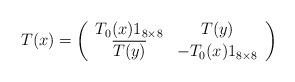
LaTeX: \begin{align*}T(x)=\left(\begin{array}{cc}T_0(x)1_{8\times 8} & T(y) \\ \overline{T(y)} & -T_0(x) 1_{8\times 8} \\ \end{array} \right)\end{align*}